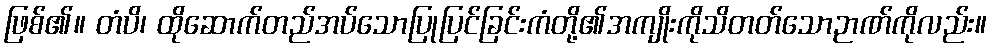
ဖြစ်၏။ တံပိ၊ ထိုဆောက်တည်အပ်သောပြုပြင်ခြင်းကံတို့၏အကျိုးကိုသိတတ်သောဉာဏ်ကိုလည်း။